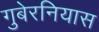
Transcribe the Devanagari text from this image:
गुबेरनियास